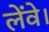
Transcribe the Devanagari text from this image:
लेंवे।